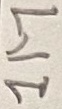
Text: 1M